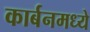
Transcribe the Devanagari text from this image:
कार्बनमध्ये